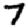
Digit: 7